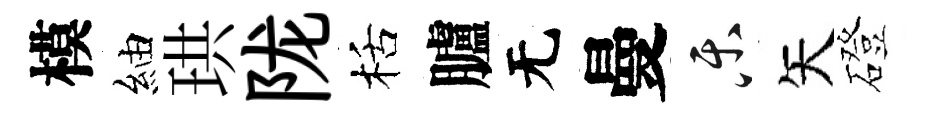
模紬珙陇栝臚无曼乐矢磴